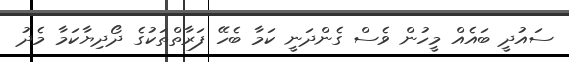
ސައުދީ ބައެއް މީހުން ވެސް ގެންދަނީ ކަމާ ބެހޭ ފަރާތްތަކުގެ ދޯދިޔާކަމާ މެދު